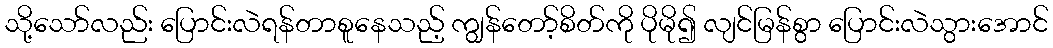
သို့သော်လည်း ပြောင်းလဲရန်တာစူနေသည့် ကျွန်တော့်စိတ်ကို ပိုမို၍ လျင်မြန်စွာ ပြောင်းလဲသွားအောင်